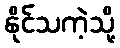
နိုင်သကဲ့သို့